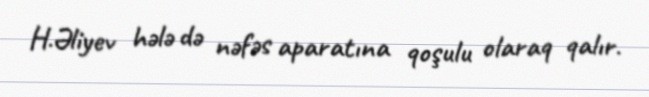
H.Əliyev hələ də nəfəs aparatına qoşulu olaraq qalır.